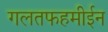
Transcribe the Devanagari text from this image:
गलतफहमीईन